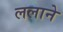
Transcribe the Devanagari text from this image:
ललाने